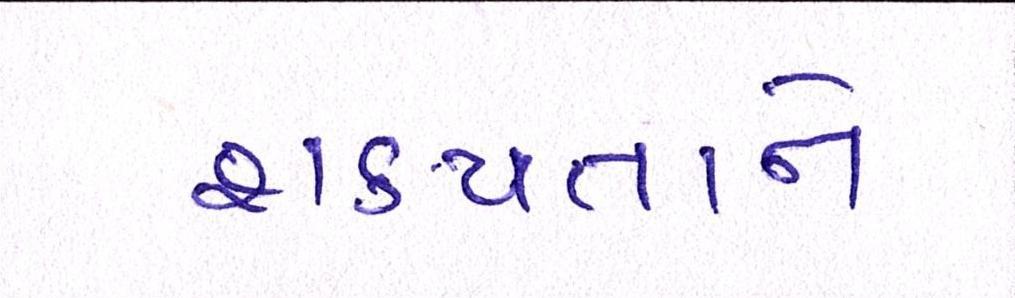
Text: શક્યતાને